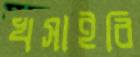
খসাইবি